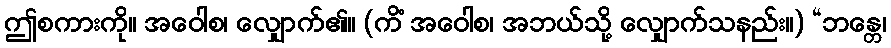
ဤစကားကို။ အဝေါစ၊ လျှောက်၏။ (ကိံ အဝေါစ၊ အဘယ်သို့ လျှောက်သနည်း။) “ဘန္တေ၊